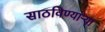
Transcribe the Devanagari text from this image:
साठविण्याऱ्या